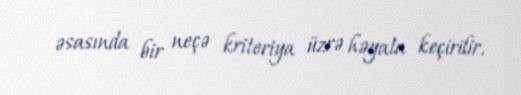
əsasında bir neçə kriteriya üzrə həyata keçirilir.